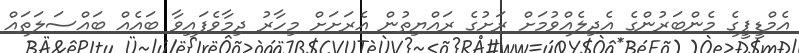
އެމްޑީޕީގެ މެންބަރުންގެ އެދިލެއްވުމަށް ރަށުގެ ރައްޔިތުން އެރަށަށް މިހާރު ދިމާވެފައިވާ ބައެއް ބައްސަލަތައް